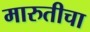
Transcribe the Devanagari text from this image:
मारुतीचा